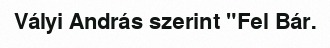
Vályi András szerint "Fel Bár.